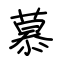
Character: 慕